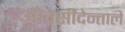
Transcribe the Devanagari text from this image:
ओक्सीदेन्ताले